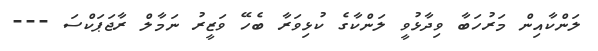
ލަންކާއިން މަރުހަބާ ވިދާޅުވީ ލަންކާގެ ކުޅިވަރާ ބެހޭ ވަޒީރު ނަމާލް ރާޖަޕަކްސަ ---